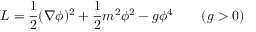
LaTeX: { \cal L } = { \frac { 1 } { 2 } } ( \nabla \phi ) ^ { 2 } + { \frac { 1 } { 2 } } m ^ { 2 } \phi ^ { 2 } - g \phi ^ { 4 } \qquad ( g > 0 )